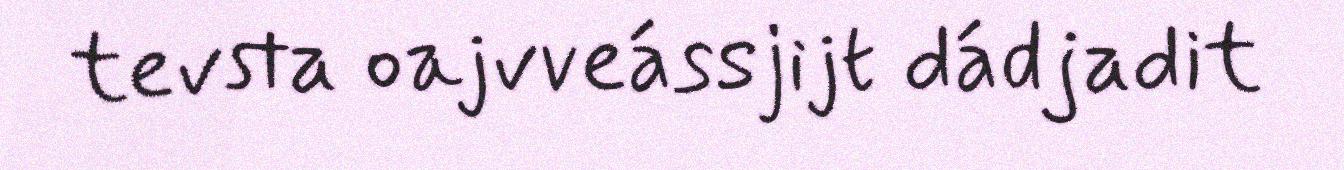
tevsta oajvveássjijt dádjadit